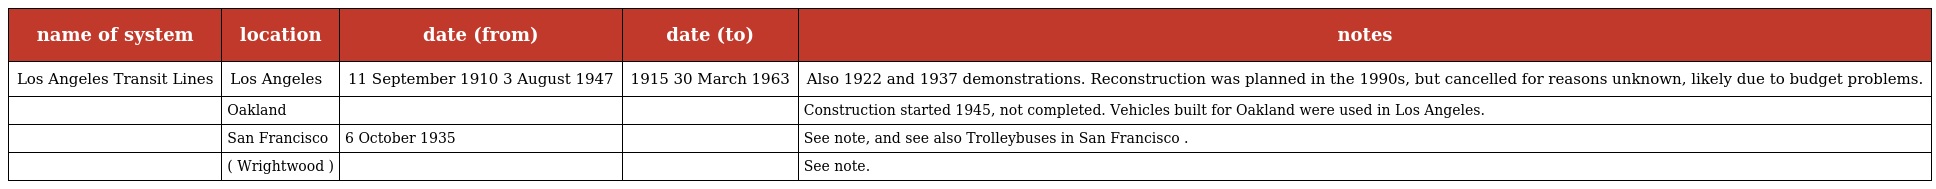
| name of system | location | date (from) | date (to) | notes |
 | --- | --- | --- | --- | --- |
 | Los Angeles Transit Lines | Los Angeles | 11 September 1910 3 August 1947 | 1915 30 March 1963 | Also 1922 and 1937 demonstrations. Reconstruction was planned in the 1990s, but cancelled for reasons unknown, likely due to budget problems. |
 |  | Oakland |  |  | Construction started 1945, not completed. Vehicles built for Oakland were used in Los Angeles. |
 |  | San Francisco | 6 October 1935 |  | See note, and see also Trolleybuses in San Francisco . |
 |  | ( Wrightwood ) |  |  | See note. |